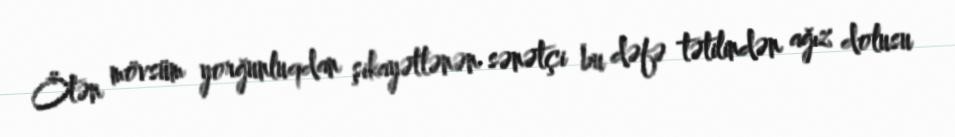
Ötən mövsüm yorğunluqdan şikayətlənən sənətçi bu dəfə tətilindən ağız dolusu